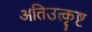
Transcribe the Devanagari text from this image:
अतिउत्कृष्ट